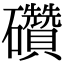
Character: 礸